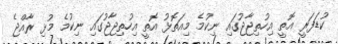
ކުޑަފަރީ އޮތީ އިހުތިޖާޖުގައި ނިކުމެ މިއަތޮޅު އޮތީ އިހުތިޖާޖުގައި ނިކުމެ މުޅި ރާއްޖެ